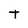
Character: T